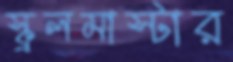
স্কুলমাস্টার